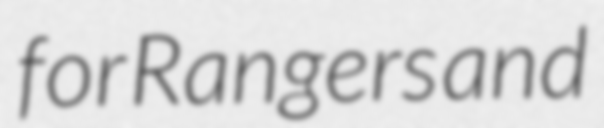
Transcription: for Rangers and